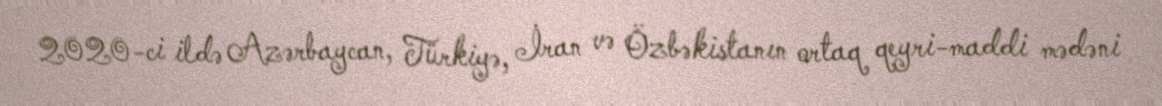
2020-ci ildə Azərbaycan, Türkiyə, İran və Özbəkistanın ortaq qeyri-maddi mədəni